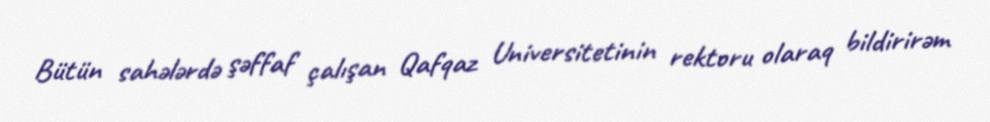
Bütün sahələrdə şəffaf çalışan Qafqaz Universitetinin rektoru olaraq bildirirəm